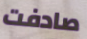
صادفت